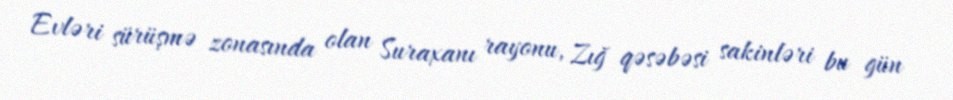
Evləri sürüşmə zonasında olan Suraxanı rayonu, Zığ qəsəbəsi sakinləri bu gün